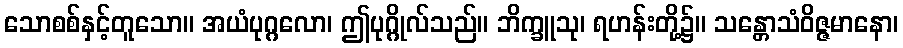
သောစစ်နှင့်တူသော။ အယံပုဂ္ဂလော၊ ဤပုဂ္ဂိုလ်သည်။ ဘိက္ခူသု၊ ရဟန်းတို့၌။ သန္တောသံဝိဇ္ဇမာနော၊